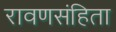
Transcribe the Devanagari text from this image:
रावणसंहिता